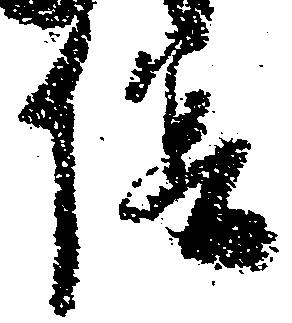
陰